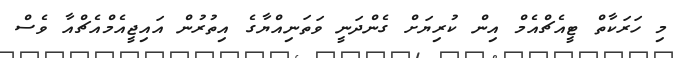
މި ހަރަކާތް ޓީއެޗްއެމް އިން ކުރިޔަށް ގެންދަނީ ވަތަނިއްޔާގެ އިތުރުން އައިޖީއެމްއެޗްއާ ވެސް